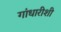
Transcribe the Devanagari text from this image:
गांधारीशी